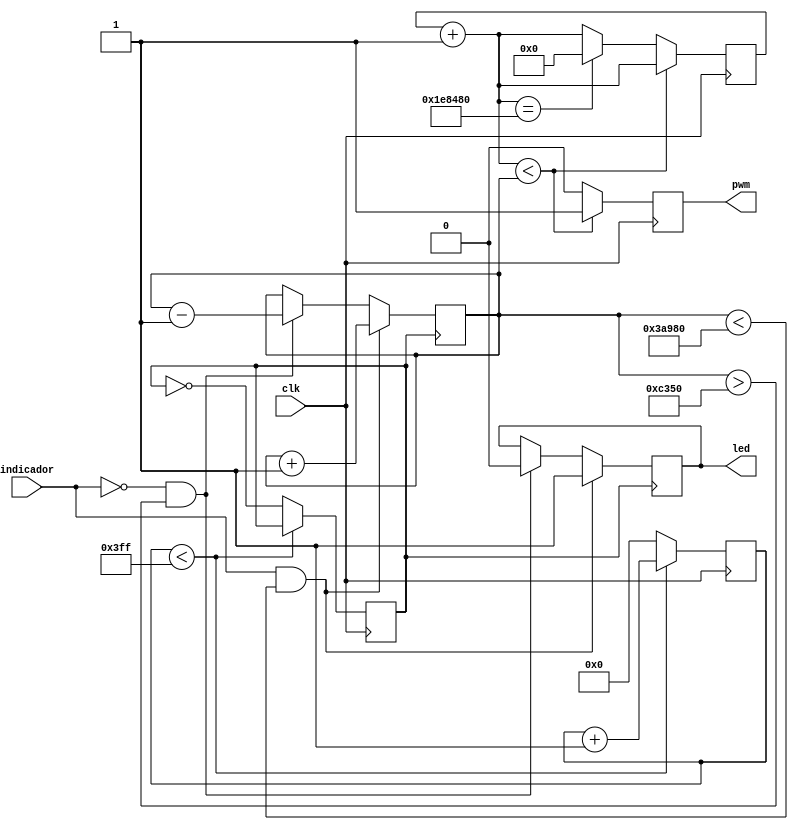
module servo(
					input clk,
					input  indicador,
					output reg led,
					output reg pwm
		);

reg [20:0] cont;
reg [9:0] cont_div1;
reg clk1;
reg [17:0] Pulsos;

initial
begin
cont = 21'b111111111111111111111;
cont_div1 = 10'b11111111111;
Pulsos = 18'd50_000;
clk1 = 1'b1;
pwm = 1'b1;
led = 1'b0;
end

/////////////////////////// Divisor de frecuencia /////////////////////////////////
always @(posedge clk)
begin	  
	if (cont_div1<1023) 
		cont_div1 = cont_div1 + 10'b01;
	else	begin
		clk1=~clk1;	
		cont_div1 = 0; end	   
end


always  @(posedge clk1)
begin
	if(indicador == 1'b1 && Pulsos<240_000)
		begin
			led =1'b1;
			Pulsos = Pulsos + 18'b01;
		end
	else if(indicador == 1'b0 && Pulsos>50_000)
		begin  
			led = 1'b0;
			Pulsos = Pulsos - 18'b01; 
		end
	else 
			Pulsos = Pulsos;
end

///////////////////////////  Seal de PWM /////////////////////////////////
/////////     Entre 0.5 [ms] y 2.4 [ms]                 ///////////////////
/////////     para 0 y 180 Respectivamente            ///////////////////
/////////     <---->                                    ///////////////////
/////////      ____                            ____     ///////////////////
/////////     |    |									 |    |	  ///////////////////
///////// ____|    |__________________________|    |__  ///////////////////
/////////     <------------------------------->         ///////////////////
/////////                T = 20 [ms]                    ///////////////////


always @(posedge clk)
begin
cont = cont + 20'b1;

if (cont < Pulsos)  				// seal pwm con ciclo positivo de 1 ms
		pwm = 1'b1;
else
	begin
		pwm = 1'b0;
		if(cont == 2_000_000)
			cont = 20'b0;				
	end
end


endmodule